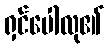
ရှင်ပေါလု၏